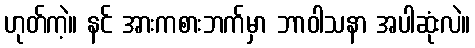
ဟုတ်ကဲ့။ နင် အားကစားဘက်မှာ ဘာဝါသနာ အပါဆုံးလဲ။